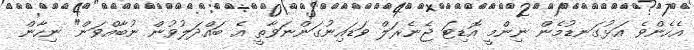
އެހެންވެ އަޅުގަނޑުމެން ނިންމީ އޮޑިޓަ ޖެނެރަލް ވަޑައިނުގަންނަވާތީ އެ ބައްދަލުވުން ނުބާއްވަން" ނިހާން